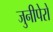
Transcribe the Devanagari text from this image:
जुनीपेरो